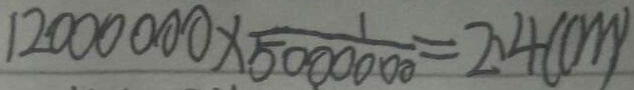
1 2 0 0 0 0 0 0 \times \frac { 1 } { 5 0 0 0 0 0 0 } = 2 . 4 ( c m )